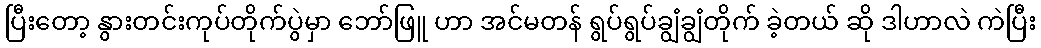
ပြီးတော့ နွားတင်းကုပ်တိုက်ပွဲမှာ ဘော်ဖြူ ဟာ အင်မတန် ရွပ်ရွပ်ချွံချွံတိုက် ခဲ့တယ် ဆို ဒါဟာလဲ ကဲပြီး